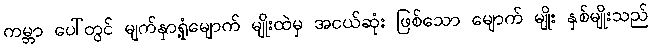
ကမ္ဘာ ပေါ်တွင် မျက်နှာရှုံ့မျောက် မျိုးထဲမှ အငယ်ဆုံး ဖြစ်သော မျောက် မျိုး နှစ်မျိုးသည်